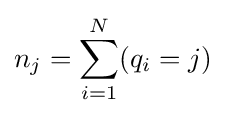
n_{j}=\sum _{i=1}^{N}(q_{i}=j)